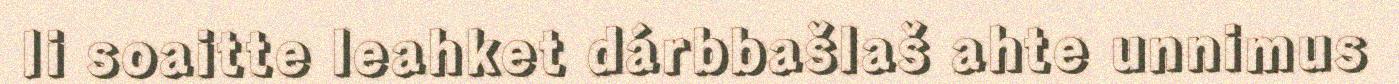
Ii soaitte leahket dárbbašlaš ahte unnimus